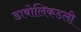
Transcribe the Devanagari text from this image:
डाबोलिकडली